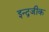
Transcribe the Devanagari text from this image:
इन्द्रजीक